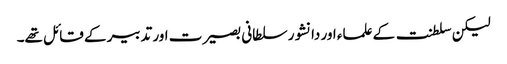
لیکن سلطنت کے علماء اور دانشور سلطانی بصیرت اور تدبیر کے قائل تھے۔